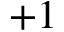
+ 1